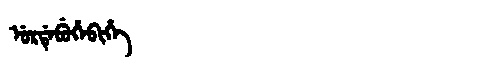
Manchu: ᡠᡵᡩᡝᠪᡠᡥᡝᠪᡳᡥᡝ
Romanization: URDEBUHEBIHE